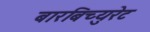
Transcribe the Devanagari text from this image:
बारबिच्युरेट